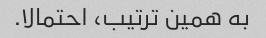
به همین ترتیب، احتمالا.